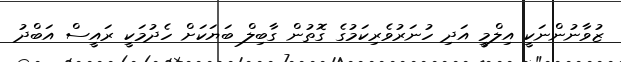
ޒުވާނުންނަކީ އިލްމީ އަދި ހުނަރުވެރިކަމުގެ ގޮތުން ގާބިލް ބަޔަކަށް ހެދުމަކީ ރައީސް އަބްދު